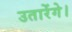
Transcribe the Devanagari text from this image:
उतारेंगे।